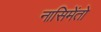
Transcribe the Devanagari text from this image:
नासिमेंतो